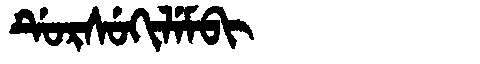
Manchu: ᡩᡠᡵᠰᡠᡴᡳᠯᡝᠮᠪᡳ
Romanization: DURSUKILEMBI